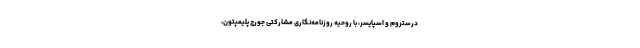
درستروم و اسپایسر، با روحیهٔ روزنامه‌نگاریِ مشارکتیِ جورج پلیمپتون،